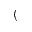
(